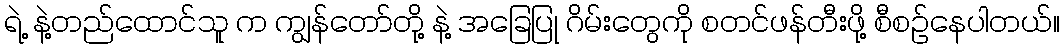
ရဲ့ နဲ့တည်ထောင်သူ က ကျွန်တော်တို့ နဲ့ အခြေပြု ဂိမ်းတွေကို စတင်ဖန်တီးဖို့ စီစဉ်နေပါတယ်။